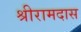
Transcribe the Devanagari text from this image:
श्रीरामदास